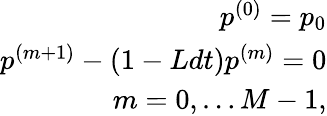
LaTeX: \begin{array}{r}{p^{(0)}=p_{0}}\\ {p^{(m+1)}-(1-Ldt)p^{(m)}=0}\\ {m=0,\dots M-1,}\end{array}